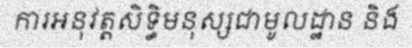
ការអនុវត្តសិទ្ធិមនុស្សជាមូលដ្ឋាន និង